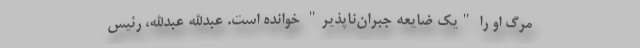
مرگ او را "یک ضایعه جبران‌ناپذیر" خوانده است. عبدالله عبدالله، رئیس